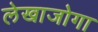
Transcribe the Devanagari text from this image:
लेखाजोगा